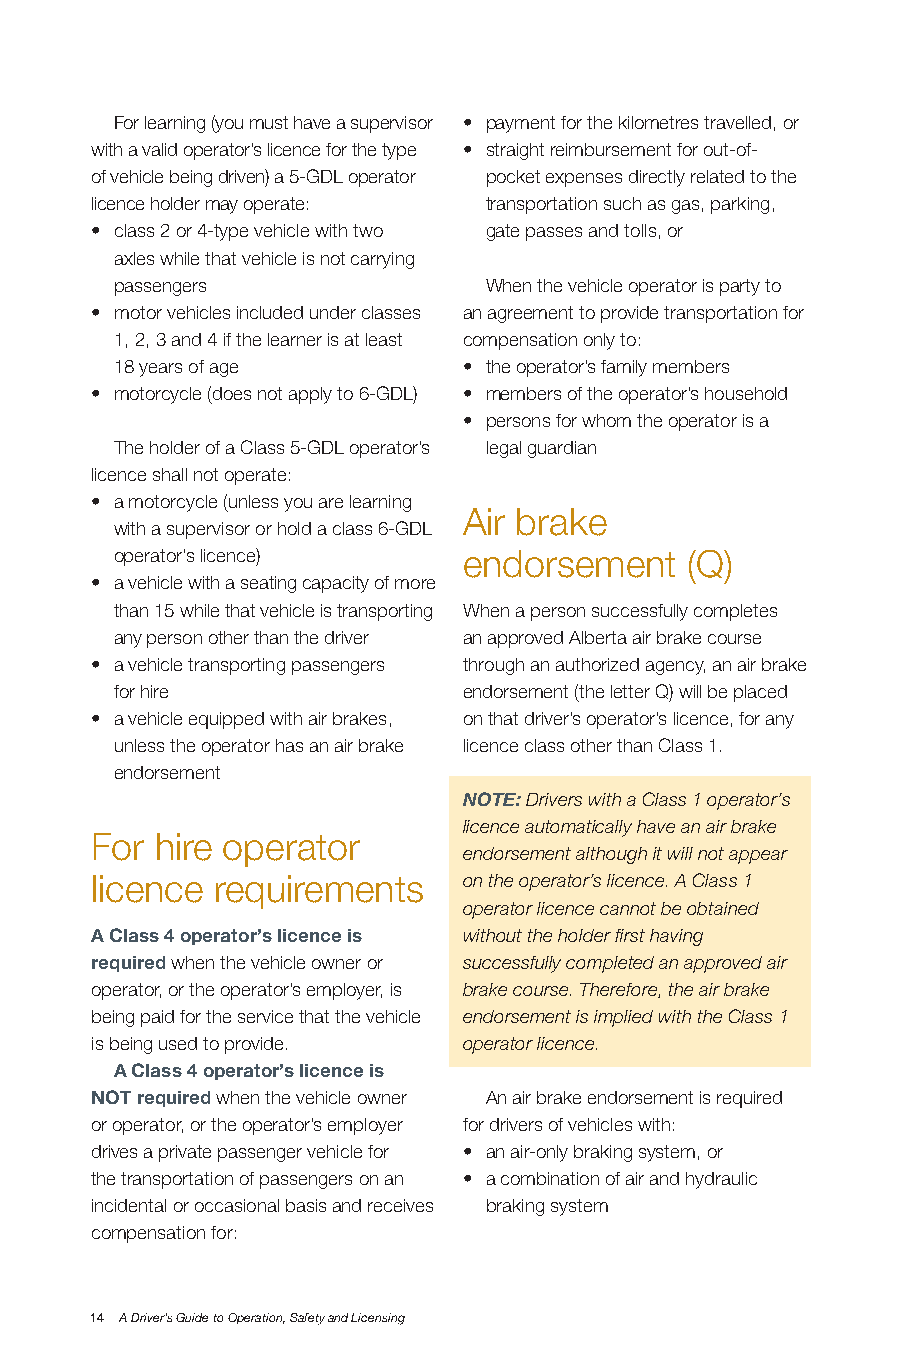
For learning (you must have a supervisor • payment for the kilometres travelled, or
 with a valid operator’s licence for the type • straight reimbursement for out-of-
 of vehicle being driven) a 5-GDL operator pocket expenses directly related to the
 licence holder may operate: transportation such as gas, parking,
 • class 2 or 4-type vehicle with two gate passes and tolls, or
 axles while that vehicle is not carrying
 passengers              When the vehicle operator is party to
 • motor vehicles included under classes an agreement to provide transportation for
 1, 2, 3 and 4 if the learner is at least compensation only to:
 18 years of age        • the operator’s family members
 • motorcycle (does not apply to 6-GDL) • members of the operator’s household
 • persons for whom the operator is a
 The holder of a Class 5-GDL operator’s legal guardian
 licence shall not operate:
 • a motorcycle (unless you are learning
 Air brake
 with a supervisor or hold a class 6-GDL
 operator’s licence)    endorsement   (Q)
 • a vehicle with a seating capacity of more
 than 15 while that vehicle is transporting When a person successfully completes
 any person other than the driver an approved Alberta air brake course
 • a vehicle transporting passengers through an authorized agency, an air brake
 for hire               endorsement (the letter Q) will be placed
 • a vehicle equipped with air brakes, on that driver’s operator’s licence, for any
 unless the operator has an air brake licence class other than Class 1.
 endorsement
 NOTE: Drivers with a Class 1 operator’s
 licence automatically have an air brake
 For hire operator
 endorsement although it will not appear
 licence requirements     on the operator’s licence. A Class 1
 operator licence cannot be obtained
 A Class 4 operator’s licence is without the holder first having
 required when the vehicle owner or successfully completed an approved air
 operator, or the operator’s employer, is brake course. Therefore, the air brake
 being paid for the service that the vehicle endorsement is implied with the Class 1
 is being used to provide. operator licence.
 A Class 4 operator’s licence is
 noT required when the vehicle owner An air brake endorsement is required
 or operator, or the operator’s employer for drivers of vehicles with:
 drives a private passenger vehicle for • an air-only braking system, or
 the transportation of passengers on an • a combination of air and hydraulic
 incidental or occasional basis and receives braking system
 compensation for:
 14 A Driver’s Guide to Operation, Safety and Licensing